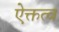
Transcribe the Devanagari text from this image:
ऐक्तत्व